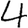
Digit: 4